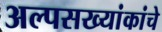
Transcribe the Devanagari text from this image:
अल्पसख्यांकांचे